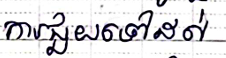
ការជួយទៅដល់